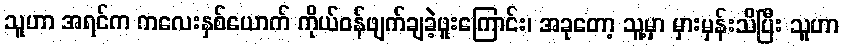
သူဟာ အရင်က ကလေးနှစ်ယောက် ကိုယ်ဝန်ဖျက်ချခဲ့ဖူးကြောင်း၊ အခုတော့ သူ့မှာ မှားမှန်းသိပြီး သူဟာ